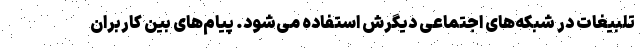
تلبیغات در شبکه‌های اجتماعی دیگرش استفاده می‌شود. پیام‌های بین کاربران